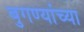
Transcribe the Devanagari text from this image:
बुगण्यांच्या